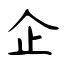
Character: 企